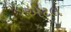
એટલ